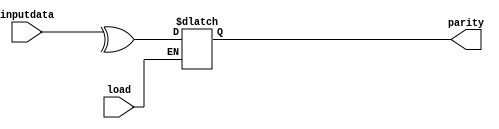
`timescale 1ns / 1ps
module paritygen(input[7:0] inputdata, input load,output reg parity);
always@(load,inputdata)
begin 
if(load)
parity=^inputdata;

end


endmodule